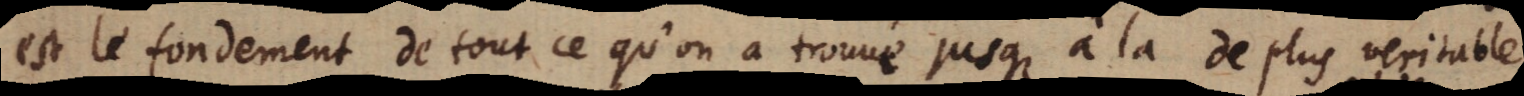
est le fondement de tout ce qu’on a trouué jusqu’à la de plus veritable